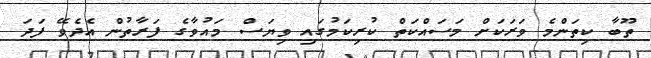
ތޫބާ ކިތަންމެ ވަރަކަށް މަސައްކަތް ކުރިކަމުގައި ވިޔަސް މައުވާގެ ފަރާތުން އެދެވޭ ފަދަ